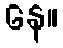
နေ။